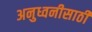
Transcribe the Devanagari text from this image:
अनुध्वनीसाठी